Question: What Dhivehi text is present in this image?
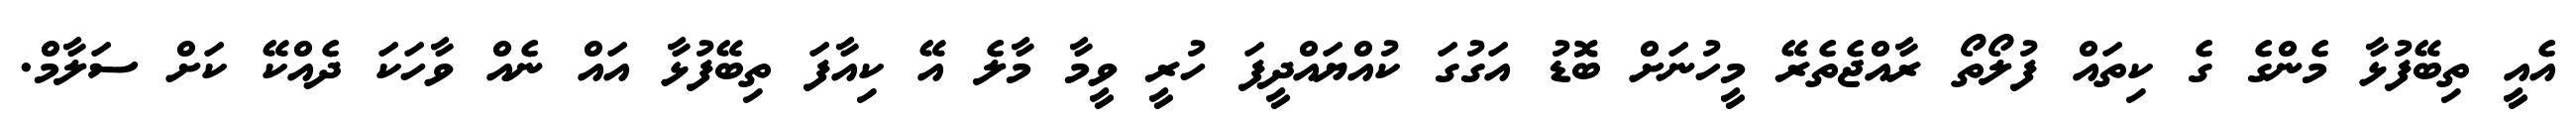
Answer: އެއީ ތިބޭފުޅާ މެންގެ ގެ ކިތައް ފުލޯތޯ ރާއްޖެތެރޭ މީހުނަށް ބޮޑު އަގުގަ ކުއްޔައްދީފަ ހުރީ ވީމާ މާލެ އޭ ކިއާފަ ތިބޭފުޅާ އައް ނެއް ވާހަކަ ދެއްކޭ ކަށް ސަލާމް.